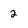
Character: 2